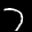
Label: 7